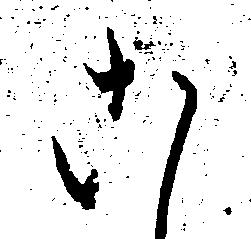
こ